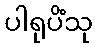
ပါရုပိံသု